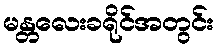
မန္တလေးခရိုင်အတွင်း